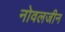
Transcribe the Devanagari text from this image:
नोवलजीन